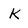
Character: K